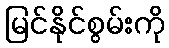
မြင်နိုင်စွမ်းကို